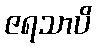
ဇရသာပိ